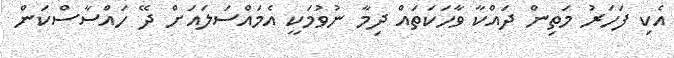
އެކި ފަހަރު މަތިން ދައްކާ ވާހަކަތައް ދިމާ ނުވުމަކީ އެމައްސަލައަށް ދޭ ހައްސާސްކަން